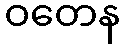
ဝတေန